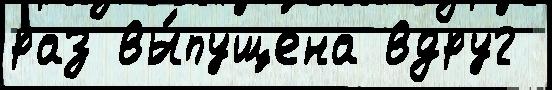
раз вы́пущена вдруг